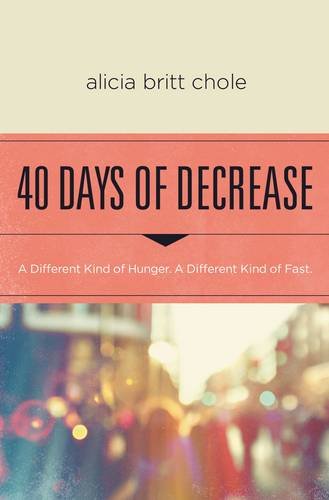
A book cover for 40 Days of Decrease: A Different Kind of Hunger. A Different Kind of Fast.; Alicia Britt Chole; Christian Books & Bibles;